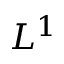
L ^ { 1 }